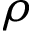
\rho